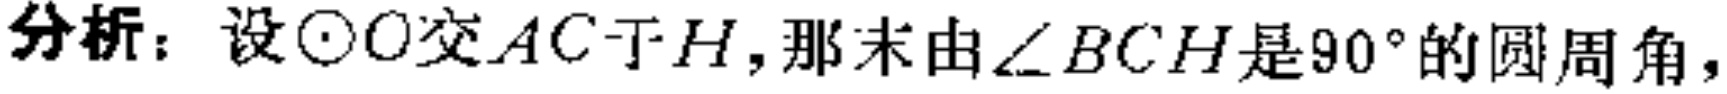
分析：设\(\odot O\)交\(AC\)于\(H\)，那末由\(\angle BCH\)是\(90^{\circ}\)的圆周角，